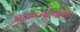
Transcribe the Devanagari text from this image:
चक्रव्यूहाद्वारे